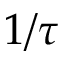
1 / \tau